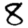
Digit: 8